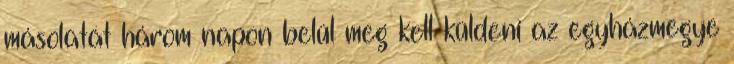
másolatát három napon belül meg kell küldeni az egyházmegye